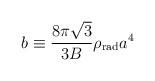
\begin{align*}b \equiv {8\pi \sqrt{3} \over 3 B} \rho_{\rm rad} a^4\end{align*}